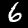
Digit: 6